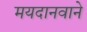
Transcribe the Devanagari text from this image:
मयदानवाने